Elephants and their diseases
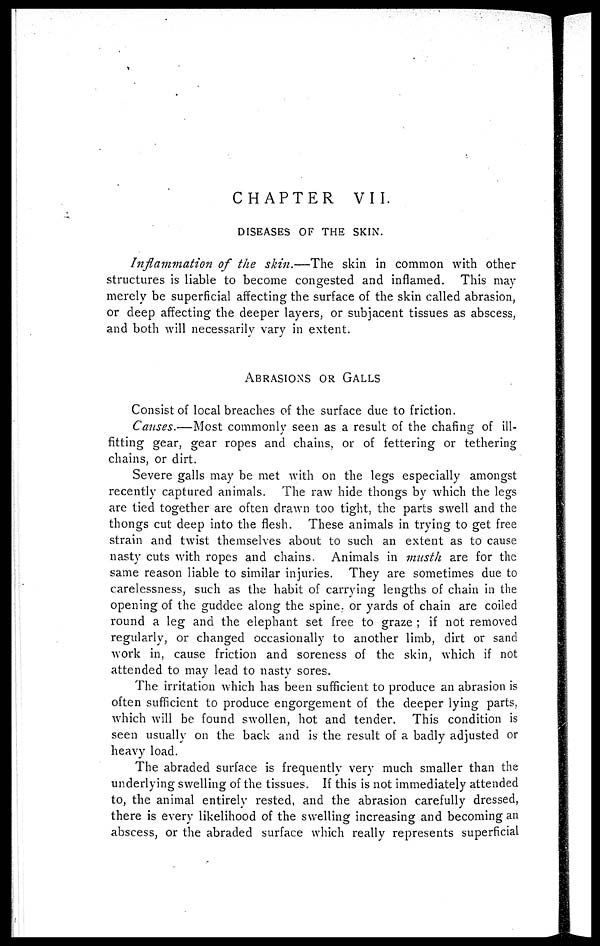
CHAPTER
VII.
DISEASES OF THE SKIN.
Inflammation of the skin.—The
skin in common with other
structures is liable to become congested and inflamed. This may
merely be superficial affecting the surface of the skin called abrasion,
or deep affecting the deeper layers, or subjacent tissues as abscess,
and both will necessarily vary in extent.
ABASIONS
OR
GALLS
Consist of local breaches of the surface due to friction.
Causes.—Most commonly seen as a result of the chafing of ill-
fitting gear, gear ropes and chains, or of fettering or tethering
chains, or dirt.
Severe galls may be met with on the legs especially amongst
recently captured animals. The raw hide thongs by which the legs
are tied together are often drawn too tight, the parts swell and the
thongs cut deep into the flesh. These animals in trying to get free
strain and twist themselves about to such an extent as to cause
nasty cuts with ropes and chains. Animals in musth are for the
same reason liable to similar injuries. They are sometimes due to
carelessness, such as the habit of carrying lengths of chain in the
opening of the guddee along the spine or yards of chain are coiled
round a leg and the elephant set free to graze ; if not removed
regularly, or changed occasionally to another limb, dirt or sand
work in, cause friction and soreness of the skin, which if not
attended to may lead to nasty sores.
The irritation which has been sufficient to produce an abrasion is
often sufficient to produce engorgement of the deeper lying parts,
which will be found swollen, hot and tender. This condition is
seen usually on the back and is the result of a badly adjusted or
heavy load.
The abraded surface is frequently very much smaller than the
underlying swelling of the tissues. If this is not immediately attended
to, the animal entirely rested, and the abrasion carefully dressed,
there is every likelihood of the swelling increasing and becoming an
abscess, or the abraded surface which really represents superficial